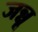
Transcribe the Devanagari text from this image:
जन्नू